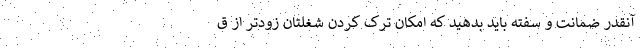
آنقدر ضمانت و سفته باید بدهید که امکان ترک کردن شغلتان زودتر از ق